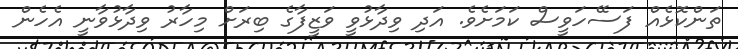
ތަންކޮޅެއް ފަސޭހަވީސް ކަމަށެވެ. އަދި ވިދާޅުވީ ވަޒީފާގެ ބިރަށް މިހާރު ވިދާޅުވާނީ އެހެން